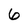
Character: 6